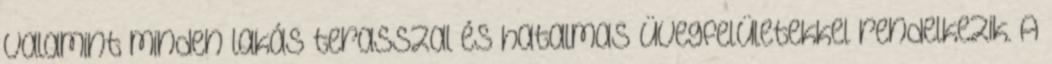
valamint minden lakás terasszal és hatalmas üvegfelületekkel rendelkezik. A